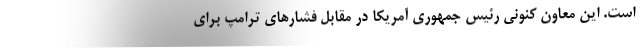
است. این معاون کنونی رئیس جمهوری آمریکا در مقابل فشارهای ترامپ برای